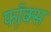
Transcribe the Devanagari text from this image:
फॉ़क्स